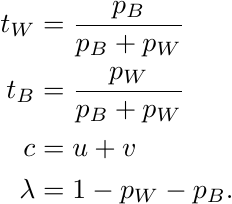
\begin{align*}
    t_W &= \frac{p_B}{p_B + p_W} \\
    t_B &= \frac{p_W}{p_B + p_W} \\
    c &= u+v \\
    \lambda &= 1 - p_W - p_B.
\end{align*}